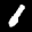
Label: 1